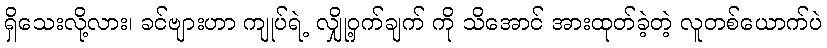
ရှိသေးလို့လား၊ ခင်ဗျားဟာ ကျုပ်ရဲ့ လျှို့ဝှက်ချက် ကို သိအောင် အားထုတ်ခဲ့တဲ့ လူတစ်ယောက်ပဲ